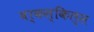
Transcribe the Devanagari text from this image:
वर्कस्किल्स